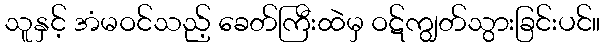
သူနှင့် အံမဝင်သည့် ခေတ်ကြီးထဲမှ ဝဋ်ကျွတ်သွားခြင်းပင်။